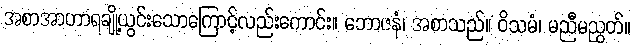
အစာအာဟာရချို့ယွင်းသောကြောင့်လည်းကောင်း။ ဘောဇနံ၊ အစာသည်။ ဝိသမံ၊ မညီမညွတ်။